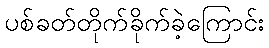
ပစ်ခတ်တိုက်ခိုက်ခဲ့ကြောင်း